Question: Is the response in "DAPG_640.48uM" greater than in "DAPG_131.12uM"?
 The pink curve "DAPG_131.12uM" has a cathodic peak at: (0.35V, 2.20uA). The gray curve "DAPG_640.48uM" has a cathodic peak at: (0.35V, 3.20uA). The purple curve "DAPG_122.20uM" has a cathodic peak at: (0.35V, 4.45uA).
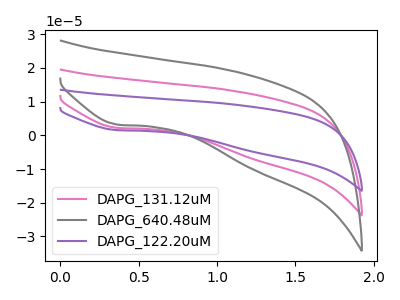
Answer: <think>All the peaks in "DAPG_640.48uM" have a peak in "DAPG_131.12uM" at the same potential. Every peak in "DAPG_640.48uM" is lower than every peak in "DAPG_131.12uM".
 </think>
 <answer>"DAPG_640.48uM" has less signal than "DAPG_131.12uM".</answer>
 <eval>less_signal</eval>